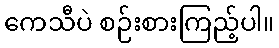
ကေသီပဲ စဉ်းစားကြည့်ပါ။